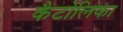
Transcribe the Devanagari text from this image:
कैटोलिका